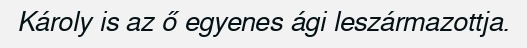
Károly is az ő egyenes ági leszármazottja.